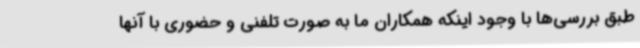
طبق بررسی‌ها با وجود اینکه همکاران ما به صورت تلفنی و حضوری با آنها